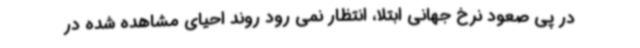
در پی صعود نرخ جهانی ابتلا، انتظار نمی رود روند احیای مشاهده شده در